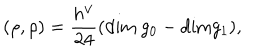
LaTeX: ( \rho , \rho ) = \frac { h ^ { \vee } } { 2 4 } ( \mathrm { d i m ~ } g _ { 0 } - \mathrm { d i m } g _ { 1 } ) ,